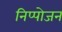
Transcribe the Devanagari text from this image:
निप्‍पोजन